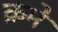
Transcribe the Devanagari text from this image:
क्रमे